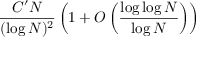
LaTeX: { \frac { C ^ { \prime } N } { ( \log N ) ^ { 2 } } } \left( 1 + O \left( { \frac { \log \log N } { \log N } } \right) \right)